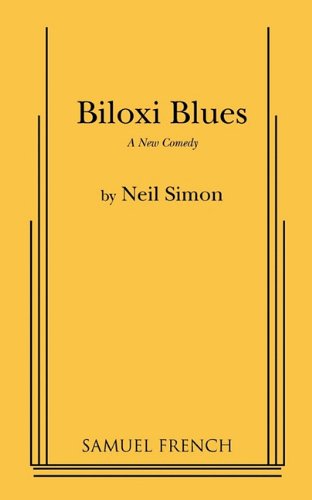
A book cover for Biloxi Blues; Neil Simon; Literature & Fiction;